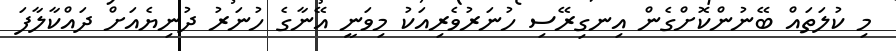
މި ކުލަތައް ބޭނުންކޮށްގެން އިނގިރޭސި ހުނަރުވެރިއަކު މިވަނީ އޭނާގެ ހުނަރު ދުނިޔެއަށް ދައްކާލާފަ